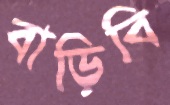
বাড়িবি